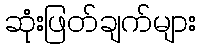
ဆုံးဖြတ်ချက်များ